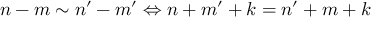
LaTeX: n - m \sim n ^ { \prime } - m ^ { \prime } \Leftrightarrow n + m ^ { \prime } + k = n ^ { \prime } + m + k